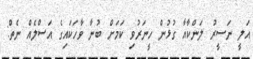
އަލީ ނަސީރު ލަންކާއާ ގުޅުން ހީނަރުވި ކަމަށް ބުނާ ވާހަކައިގެ އަސްލެއް ނެތް: